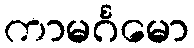
ကာမင်္ဂမော